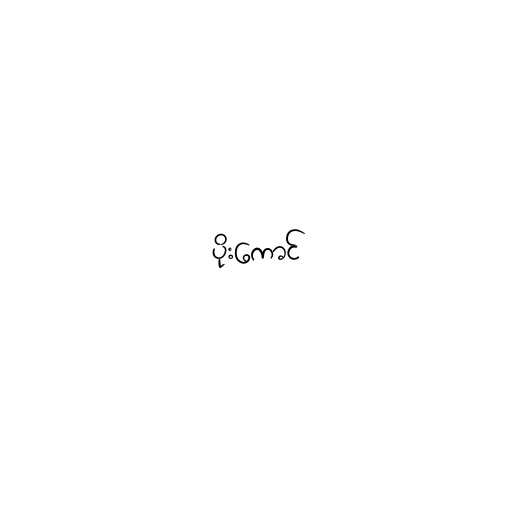
ပိုးကောင်